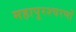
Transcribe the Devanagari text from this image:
महापुरश्चरणों